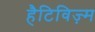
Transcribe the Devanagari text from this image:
हैटिविज़्म